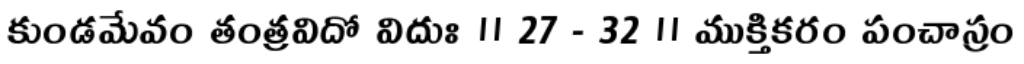
కుండమేవం తంత్రవిదో విదుః ॥ 27 - 32 ॥ ముక్తికరం పంచాస్రం